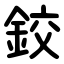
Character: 鉸